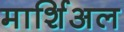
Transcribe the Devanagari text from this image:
मार्शिअल